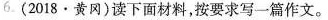
6.(2018 · 黄冈)读下面材料，按要求写一篇作文。